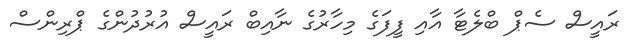
ރައީސް ސެޕް ބްލެޓާ އާއި ފީފަގެ މިހާރުގެ ނާއިބް ރައީސް އުރުދުންގެ ޕްރިންސް